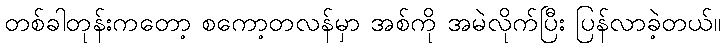
တစ်ခါတုန်းကတော့ စကော့တလန်မှာ အစ်ကို အမဲလိုက်ပြီး ပြန်လာခဲ့တယ်။